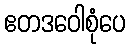
ဧတဒဝေါစုံပေ